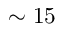
\sim 1 5